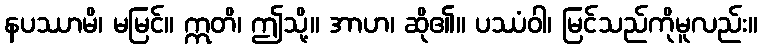
နပဿာမိ၊ မမြင်။ ဣတိ၊ ဤသို့။ အာဟ၊ ဆို၏။ ပဿံဝါ၊ မြင်သည်ကိုမူလည်း။